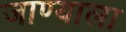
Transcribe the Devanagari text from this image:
जाण्याला